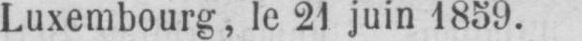
Luxembourg, le 21 juin 1859.